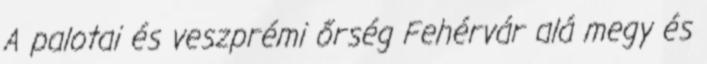
A palotai és veszprémi őrség Fehérvár alá megy és